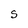
Character: S